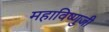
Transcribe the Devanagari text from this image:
महाविष्णुजी